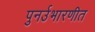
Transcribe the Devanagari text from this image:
पुनर्उभारणीत